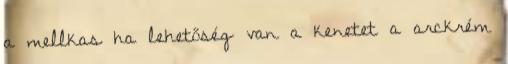
a mellkas ha lehetőség van a kenetet a arckrém